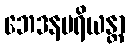
ဘေဒနပရိယန္တာ